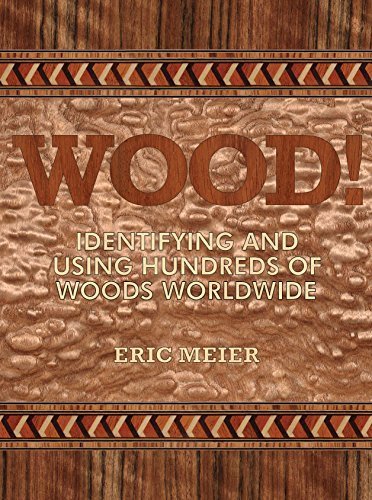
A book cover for WOOD! Identifying and Using Hundreds of Woods Worldwide; Eric Meier; Crafts, Hobbies & Home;